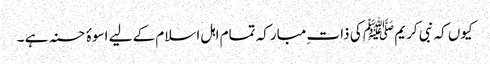
کیوں کہ نبی کریم ﷺ کی ذات ِمبارکہ تمام اہل اسلام کے لیے اسوۂ حسنہ ہے ۔